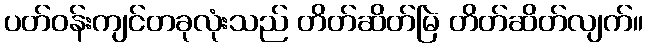
ပတ်ဝန်းကျင်တခုလုံးသည် တိတ်ဆိတ်မြဲ တိတ်ဆိတ်လျက်။